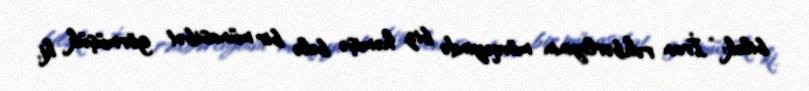
bilək: “İran rəhbərliyinin mövqeyində biz həmişə belə bir münasibət görmüşük ki,